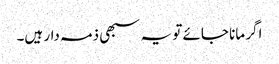
اگر مانا جائے تو یہ سبھی ذمہ دار ہیں۔